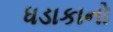
ધડાકાનો